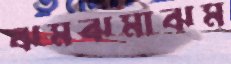
ঝমঝমাঝম